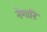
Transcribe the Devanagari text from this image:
नेणारि